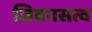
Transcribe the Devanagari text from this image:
जिवनसत्व